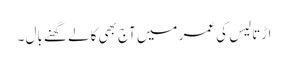
اڑتالیس کی عمر میں آج بھی کالے گھنے بال ۔